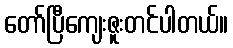
တော်ပြီကျေးဇူးတင်ပါတယ်။